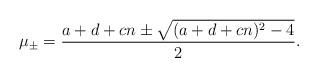
LaTeX: \begin{align*} \mu_\pm = \frac{a+d+cn \pm \sqrt{(a+d+cn)^2 - 4}}{2}.\end{align*}